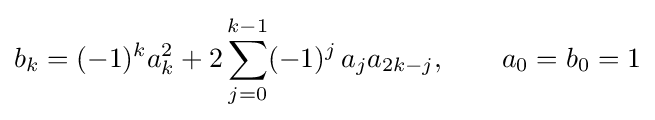
b_{k}=(-1)^{k}a_{k}^{2}+2\sum _{j=0}^{k-1}(-1)^{j}\,a_{j}a_{2k-j},\qquad a_{0}=b_{0}=1